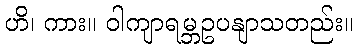
ဟိ၊ ကား။ ဝါကျာရမ္ဘဥပနျာသတည်း။